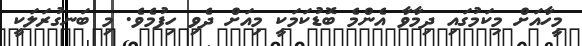
މީހާއަށް މިކަމުގައި ދިމާވާ އެންމެ ބޮޑުކަމަކީ މިއަށް ދެވި ހިފުމެވެ. މި ބަނގުރަލަކީ